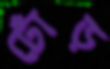
ঢোঁড়